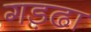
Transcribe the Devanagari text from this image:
गड़ढा